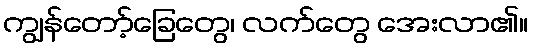
ကျွန်တော့်ခြေတွေ၊ လက်တွေ အေးလာ၏။